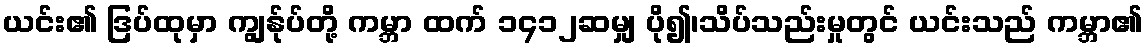
ယင်း၏ ဒြပ်ထုမှာ ကျွန်ုပ်တို့ ကမ္ဘာ ထက် ၁၄၁၂ဆမျှ ပို၍၊သိပ်သည်းမှုတွင် ယင်းသည် ကမ္ဘာ၏